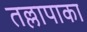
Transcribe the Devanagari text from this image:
तल्लापाका